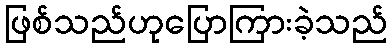
ဖြစ်သည်ဟုပြောကြားခဲ့သည်